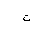
Letter: _ta